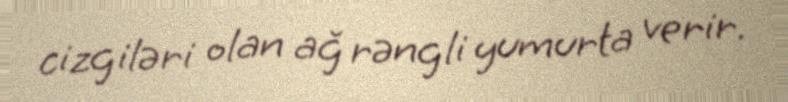
cizgiləri olan ağ rəngli yumurta verir.